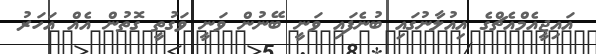
އައިޖީއެމްއެޗްގެ އިއުލާނުގައި ބުނެފައި ވަނީ ބޭނުން ވަނީ ވަގުތީ ގޮތުން އެއް އަހަރު